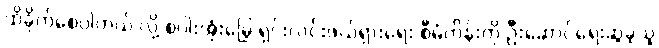
ထိခိုက်စေပါတယ် လို့ စပါးအုံးမြွေ ရှင်းလင်းဖယ်ရှားရေး စီမံကိန်းကို ဦးဆောင်ရေးဆွဲခဲ့သူ